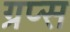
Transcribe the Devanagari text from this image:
ग्रप्स